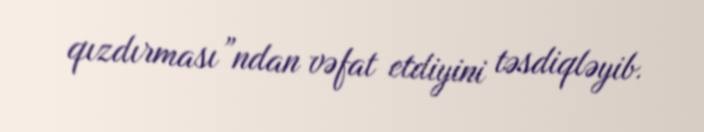
qızdırması”ndan vəfat etdiyini təsdiqləyib.